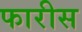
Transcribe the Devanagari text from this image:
फारीस